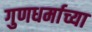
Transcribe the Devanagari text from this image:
गुणधर्माच्या